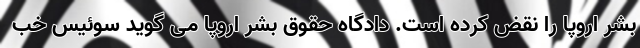
بشر اروپا را نقض کرده است. دادگاه حقوق بشر اروپا می گوید سوئیس خب